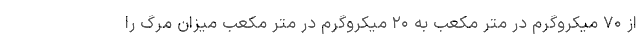
از ۷۰ میکروگرم در متر مکعب به ۲۰ میکروگرم در متر مکعب میزان مرگ را